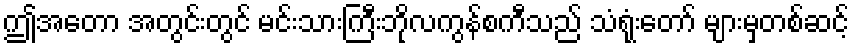
ဤအတော အတွင်းတွင် မင်းသားကြီးဘိုလကွန်စကီသည် သံရုံးတော် များမှတစ်ဆင့်